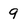
Character: 9